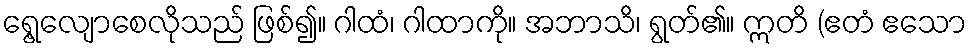
ရွေ့လျောစေလိုသည် ဖြစ်၍။ ဂါထံ၊ ဂါထာကို။ အဘာသိ၊ ရွတ်၏။ ဣတိ (ဧတံ ဧသော